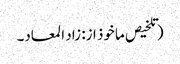
(تلخیص ماخوذ از: زاد المعاد۔